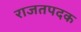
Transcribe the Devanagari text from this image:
राजतपदक